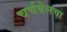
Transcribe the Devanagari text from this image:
चर्चबेलचा